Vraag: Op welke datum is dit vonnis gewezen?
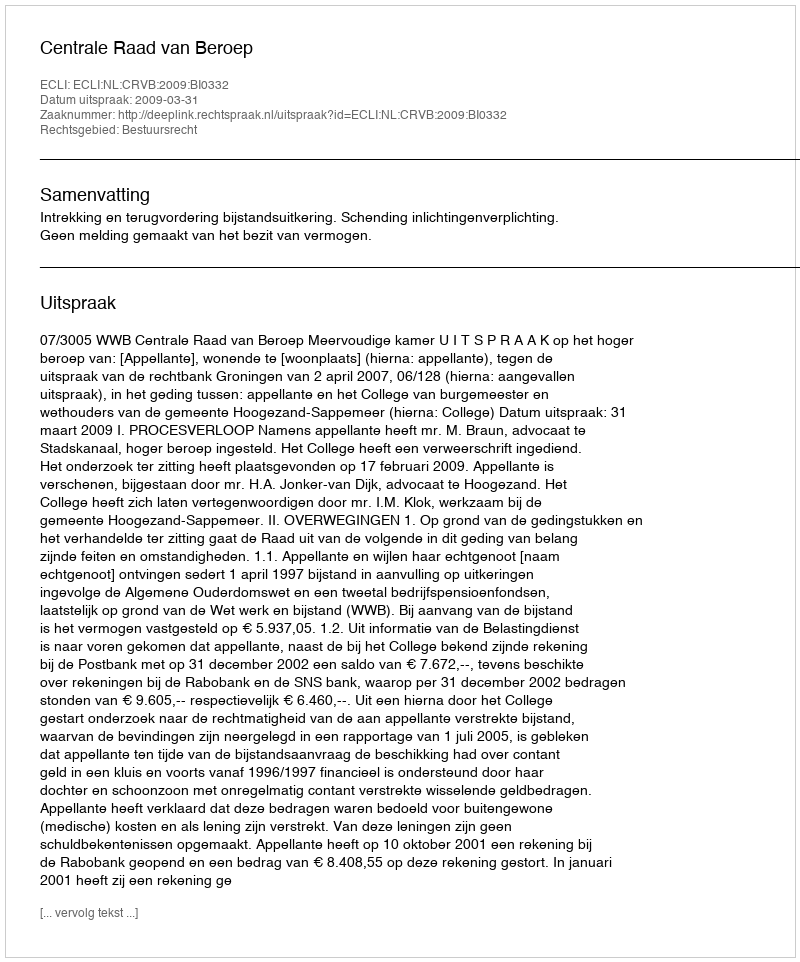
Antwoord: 2009-03-31